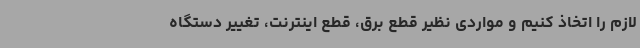
لازم را اتخاذ کنیم و مواردی نظیر قطع برق، قطع اینترنت، تغییر دستگاه